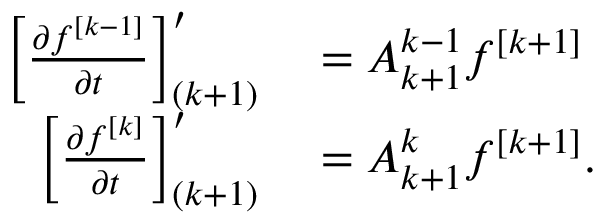
\begin{array} { r l } { \left[ \ensuremath { \frac { \partial f ^ { [ k - 1 ] } } { \partial t } } \right] _ { ( k + 1 ) } ^ { \prime } } & { { } = A _ { k + 1 } ^ { k - 1 } f ^ { [ k + 1 ] } } \\ { \left[ \ensuremath { \frac { \partial f ^ { [ k ] } } { \partial t } } \right] _ { ( k + 1 ) } ^ { \prime } } & { { } = A _ { k + 1 } ^ { k } f ^ { [ k + 1 ] } . } \end{array}